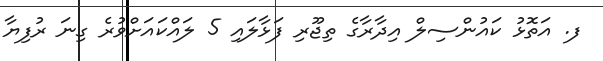
ފ. އަތޮޅު ކައުންސިލް އިދާރާގެ ތިޖޫރި ފަޅާލައި 5 ލައްކައަށްވުރެ ގިނަ ރުފިޔާ